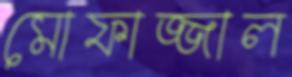
মোফাজ্জাল